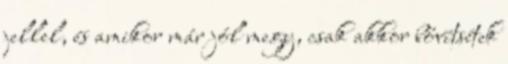
jellel, és amikor már jól megy, csak akkor bővítsétek